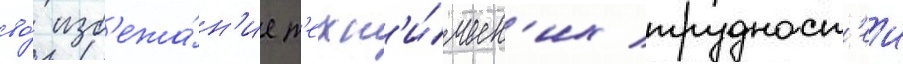
во́ изб'ежа́н'ие т'ехн'и́ческ'их трудност'еи